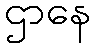
ဌာနေ